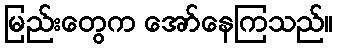
မြည်းတွေက အော်နေကြသည်။